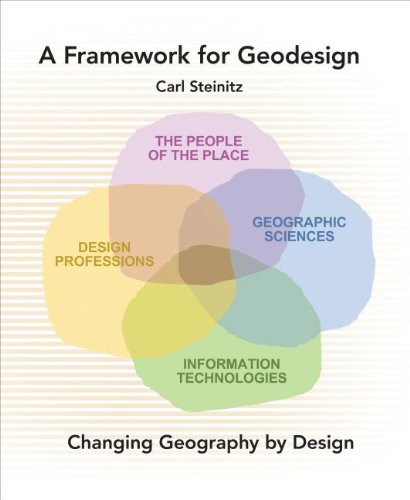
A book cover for A Framework for Geodesign: Changing Geography by Design; Carl Steinitz; Arts & Photography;